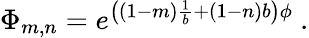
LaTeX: \Phi_{m,n}=e^{\left((1-m)\frac{1}{b}+(1-n)b\right)\phi}~.